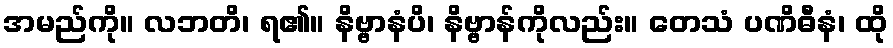
အမည်ကို။ လဘတိ၊ ရ၏။ နိဗ္ဗာနံပိ၊ နိဗ္ဗာန်ကိုလည်း။ တေသံ ပဏိဓီနံ၊ ထို